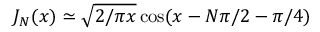
J _ { N } ( x ) \simeq \sqrt { 2 / \pi x } \cos ( x - N \pi / 2 - \pi / 4 )